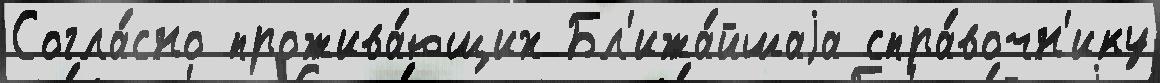
Согла́сно прожива́ющих Бл'ижа́йшаjа спра́вочн'ику